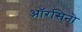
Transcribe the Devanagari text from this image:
ऑरसिनो